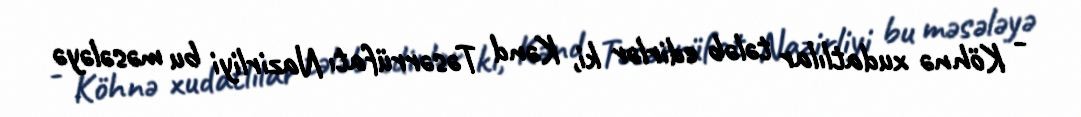
- Köhnə xudatlılar tələb edirlər ki, Kənd Təsərrüfatı Nazirliyi bu məsələyə